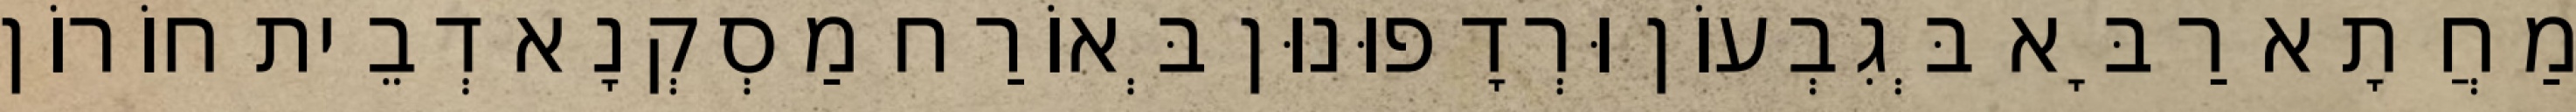
מַחֲתָא רַבָּא בְּגִבְעוֹן וּרְדָפוּנוּן בְּאוֹרַח מַסְקְנָא דְבֵית חוֹרוֹן